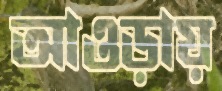
আওড়ায়